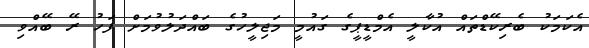
އެކަމަކު ބެރިކޭޑްތައް އުކާލީ އެމްޑީޕީގެ ގައުމީ މަޖިލީހުގެ ބައްދަލުވުމަށް ފަހު ރޭ ބޭއްވި